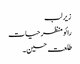
زیر لب
رائو منظر حیات
طلعت حسین۔